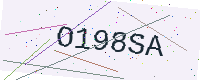
Text: O198SA